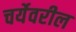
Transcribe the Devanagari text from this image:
चर्येवरील